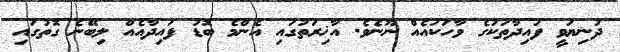
ދުނިޔަވީ ފައިދާތަކުގެ ވާހަކައެއް ނޫނެވެ. އާޚިރަތުގައި އެންމެ ބޮޑު ފައިދާއެއް ލިބޭނެ ގޮތުގައި